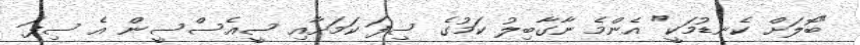
"ބޮލަށް ކެނޑުމަކީ" އެންމެ ނާގާބިލު ކަމުގެ ސިފަ ކަމަށާއި ސީއެސްސީން އެ ސިފަ